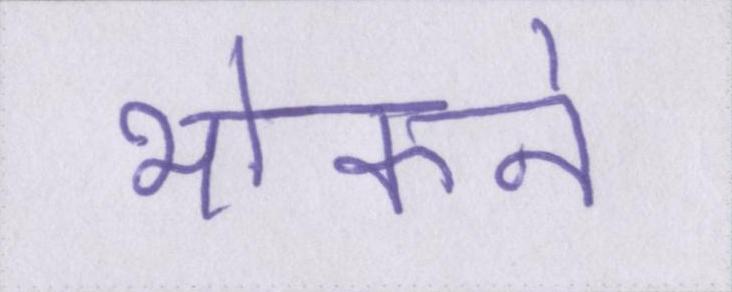
भोकने